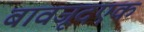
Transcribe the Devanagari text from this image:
बावजूदएक